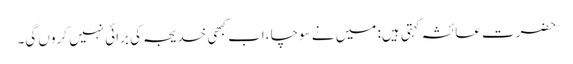
حضرت عائشہ کہتی ہیں: میں نے سوچا ،اب کبھی خدیجہ کی برائی نہیں کروں گی۔